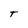
Character: T